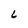
Character: 6